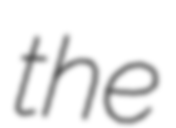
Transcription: the